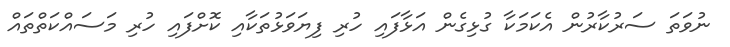
ނުވަތަ ސަރުކާރުން އެކަމަކާ ގުޅިގެން އަޅާފައި ހުރި ފިޔަވަޅުތަކާއި ކޮށްފައި ހުރި މަސައްކަތްތައް